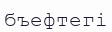
бъефтегі